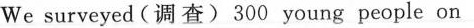
We surveyed (调查) 300 young people on